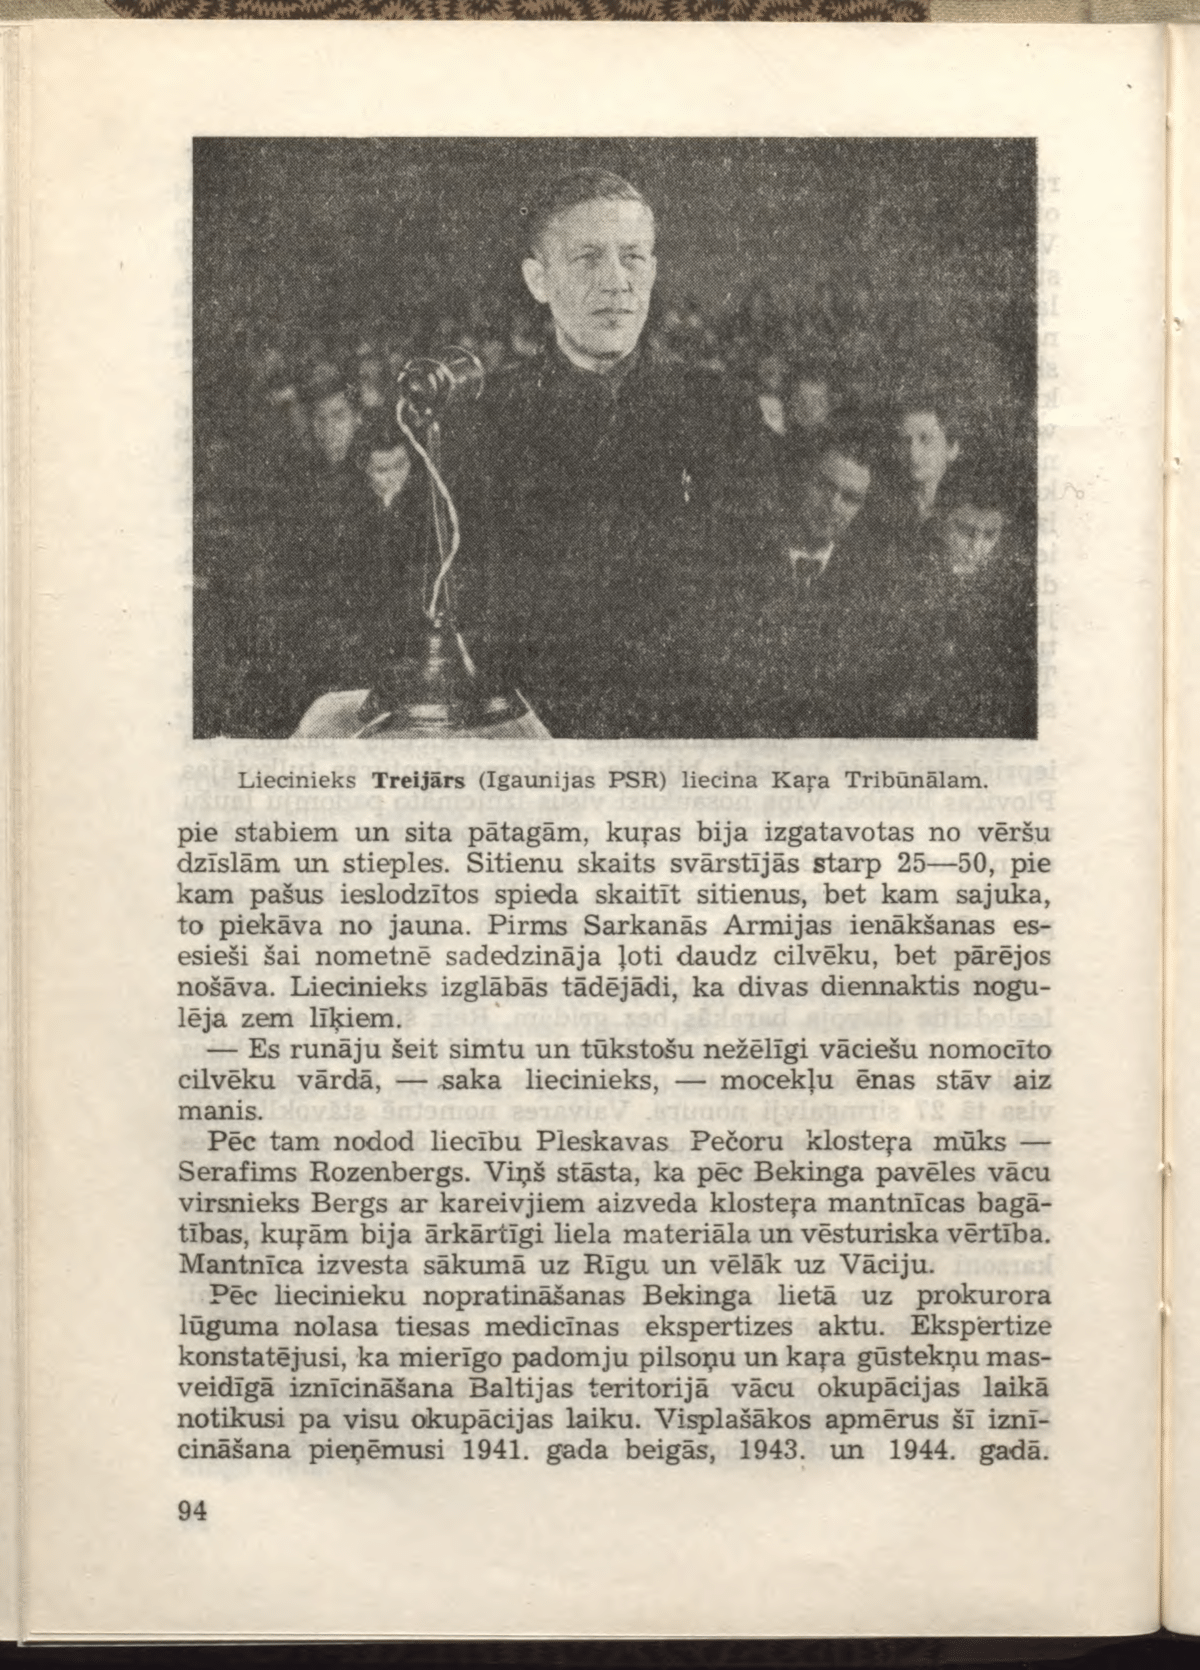
Language: lv